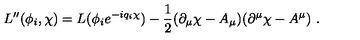
L ^ { \prime \prime } ( \phi _ { i } , \chi ) = L ( \phi _ { i } e ^ { - i q _ { i } \chi } ) - \frac { 1 } { 2 } ( \partial _ { \mu } \chi - A _ { \mu } ) ( \partial ^ { \mu } \chi - A ^ { \mu } ) \ .